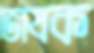
ভাষক